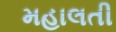
મહાલતી